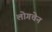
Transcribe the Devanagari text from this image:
लोगचेन